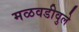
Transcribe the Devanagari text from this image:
मळवडीवुले